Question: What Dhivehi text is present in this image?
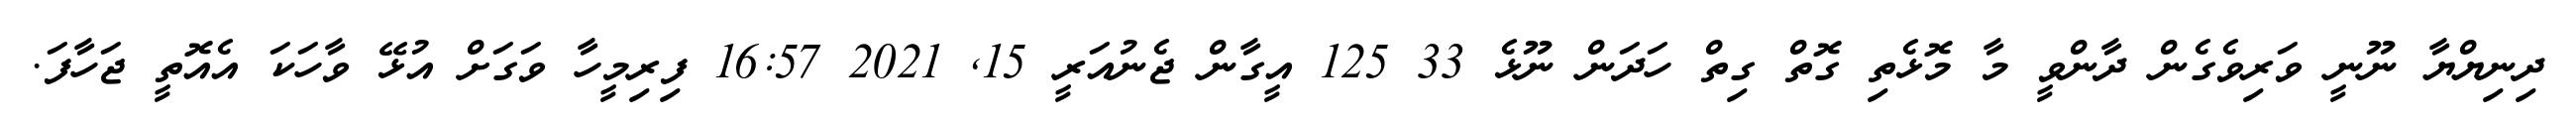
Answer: ދިނިޔްޔާ ނޫނީ ވަރިވެގެން ދާންވީ މާ މޮޅެތި ގޮތް ގިތް ހަދަން ނޫޅެ 33 125 އީގާން ޖެނުއަރީ 15, 2021 16:57 ފިރިމީހާ ވަގަށް އުޅޭ ވާހަކަ އެއޮތީ ޖަހާފަ.